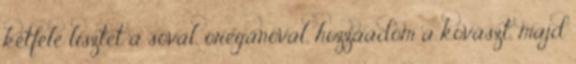
kétféle lisztet a sóval, oregánóval, hozzáadom a kovászt, majd